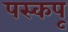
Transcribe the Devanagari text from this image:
पस्कपू